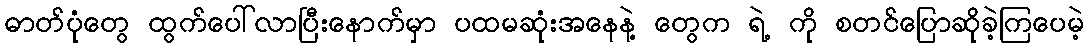
ဓာတ်ပုံတွေ ထွက်ပေါ်လာပြီးနောက်မှာ ပထမဆုံးအနေနဲ့ တွေက ရဲ့ ကို စတင်ပြောဆိုခဲ့ကြပေမဲ့